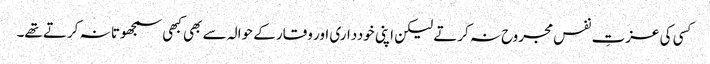
کسی کی عزتِ نفس مجروح نہ کرتے لیکن اپنی خودداری اور وقار کے حوالہ سے بھی کبھی سمجھوتا نہ کرتے تھے۔